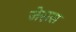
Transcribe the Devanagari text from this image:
जेसस